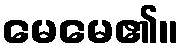
မေမေ၏။